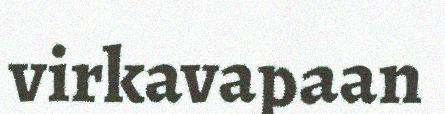
virkavapaan